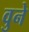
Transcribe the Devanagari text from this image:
वुने